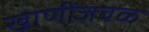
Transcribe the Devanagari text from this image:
खाणींजवळ